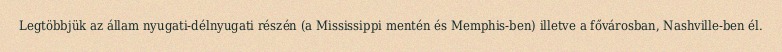
Legtöbbjük az állam nyugati-délnyugati részén (a Mississippi mentén és Memphis-ben) illetve a fővárosban, Nashville-ben él.